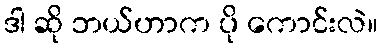
ဒါ ဆို ဘယ်ဟာက ပို ကောင်းလဲ။